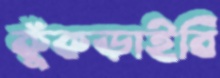
কুঁকড়াইবি